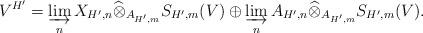
LaTeX: \begin{align*}V^{H'}= \varinjlim_{n} X_{H',n}\widehat{\otimes}_{A_{H',m}} S_{H',m}(V)\oplus \varinjlim_{n} A_{H',n}\widehat{\otimes }_{A_{H',m}} S_{H',m}(V).\end{align*}